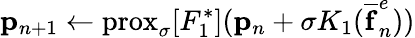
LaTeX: \mathbf{p}_{n+1}\leftarrow\textrm{prox}_{\sigma}[F_{1}^{*}](\mathbf{p}_{n}+\sigma K_{1}(\mathbf{\overline{{f}}}_{n}^{e}))